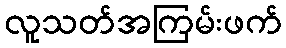
လူသတ်အကြမ်းဖက်